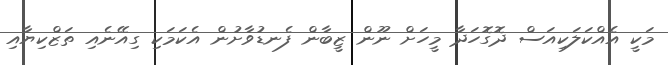
މަކީ އެއްކަލަކިއަސް ދޮގޮހަދާ މީހަށް ނޫން ޒީބާން ފެނޑުވާށުން އެކަމަކި ގިއޭނެއި ތަޒްކިޔާއި